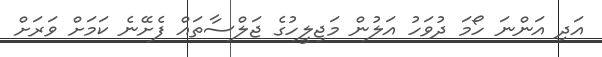
އަދި އަންނަ ހޯމަ ދުވަހު އަލުން މަޖިލީހުގެ ޖަލްސާތައް ފެށޭނެ ކަމަށް ވަރަށް